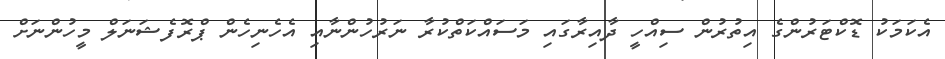
އެކަމަކު ޑޮކްޓަރުންގެ އިތުރުން ސިއްހީ ދާއިރާގައި މަސައްކަތްކުރާ ނަރުހުންނާއި އެހެނިހެން ޕްރޮފެޝަނަލް މީހުންނަށް